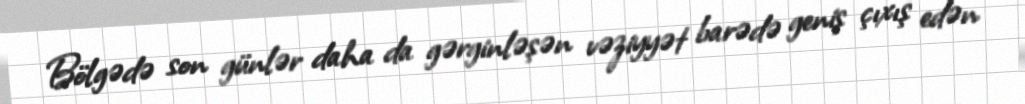
Bölgədə son günlər daha da gərginləşən vəziyyət barədə geniş çıxış edən